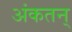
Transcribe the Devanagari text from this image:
अंकतन्